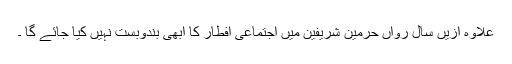
علاوہ ازیں سال رواں حرمین شریفین میں اجتماعی افطار کا ابھی بندوبست نہیں کیا جائے گا ۔